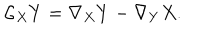
{ \cal { L } } _ { X } Y = \nabla _ { X } Y - \nabla _ { Y } X .